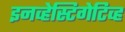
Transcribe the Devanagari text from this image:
इनव्हेस्टिगेटिव्ह